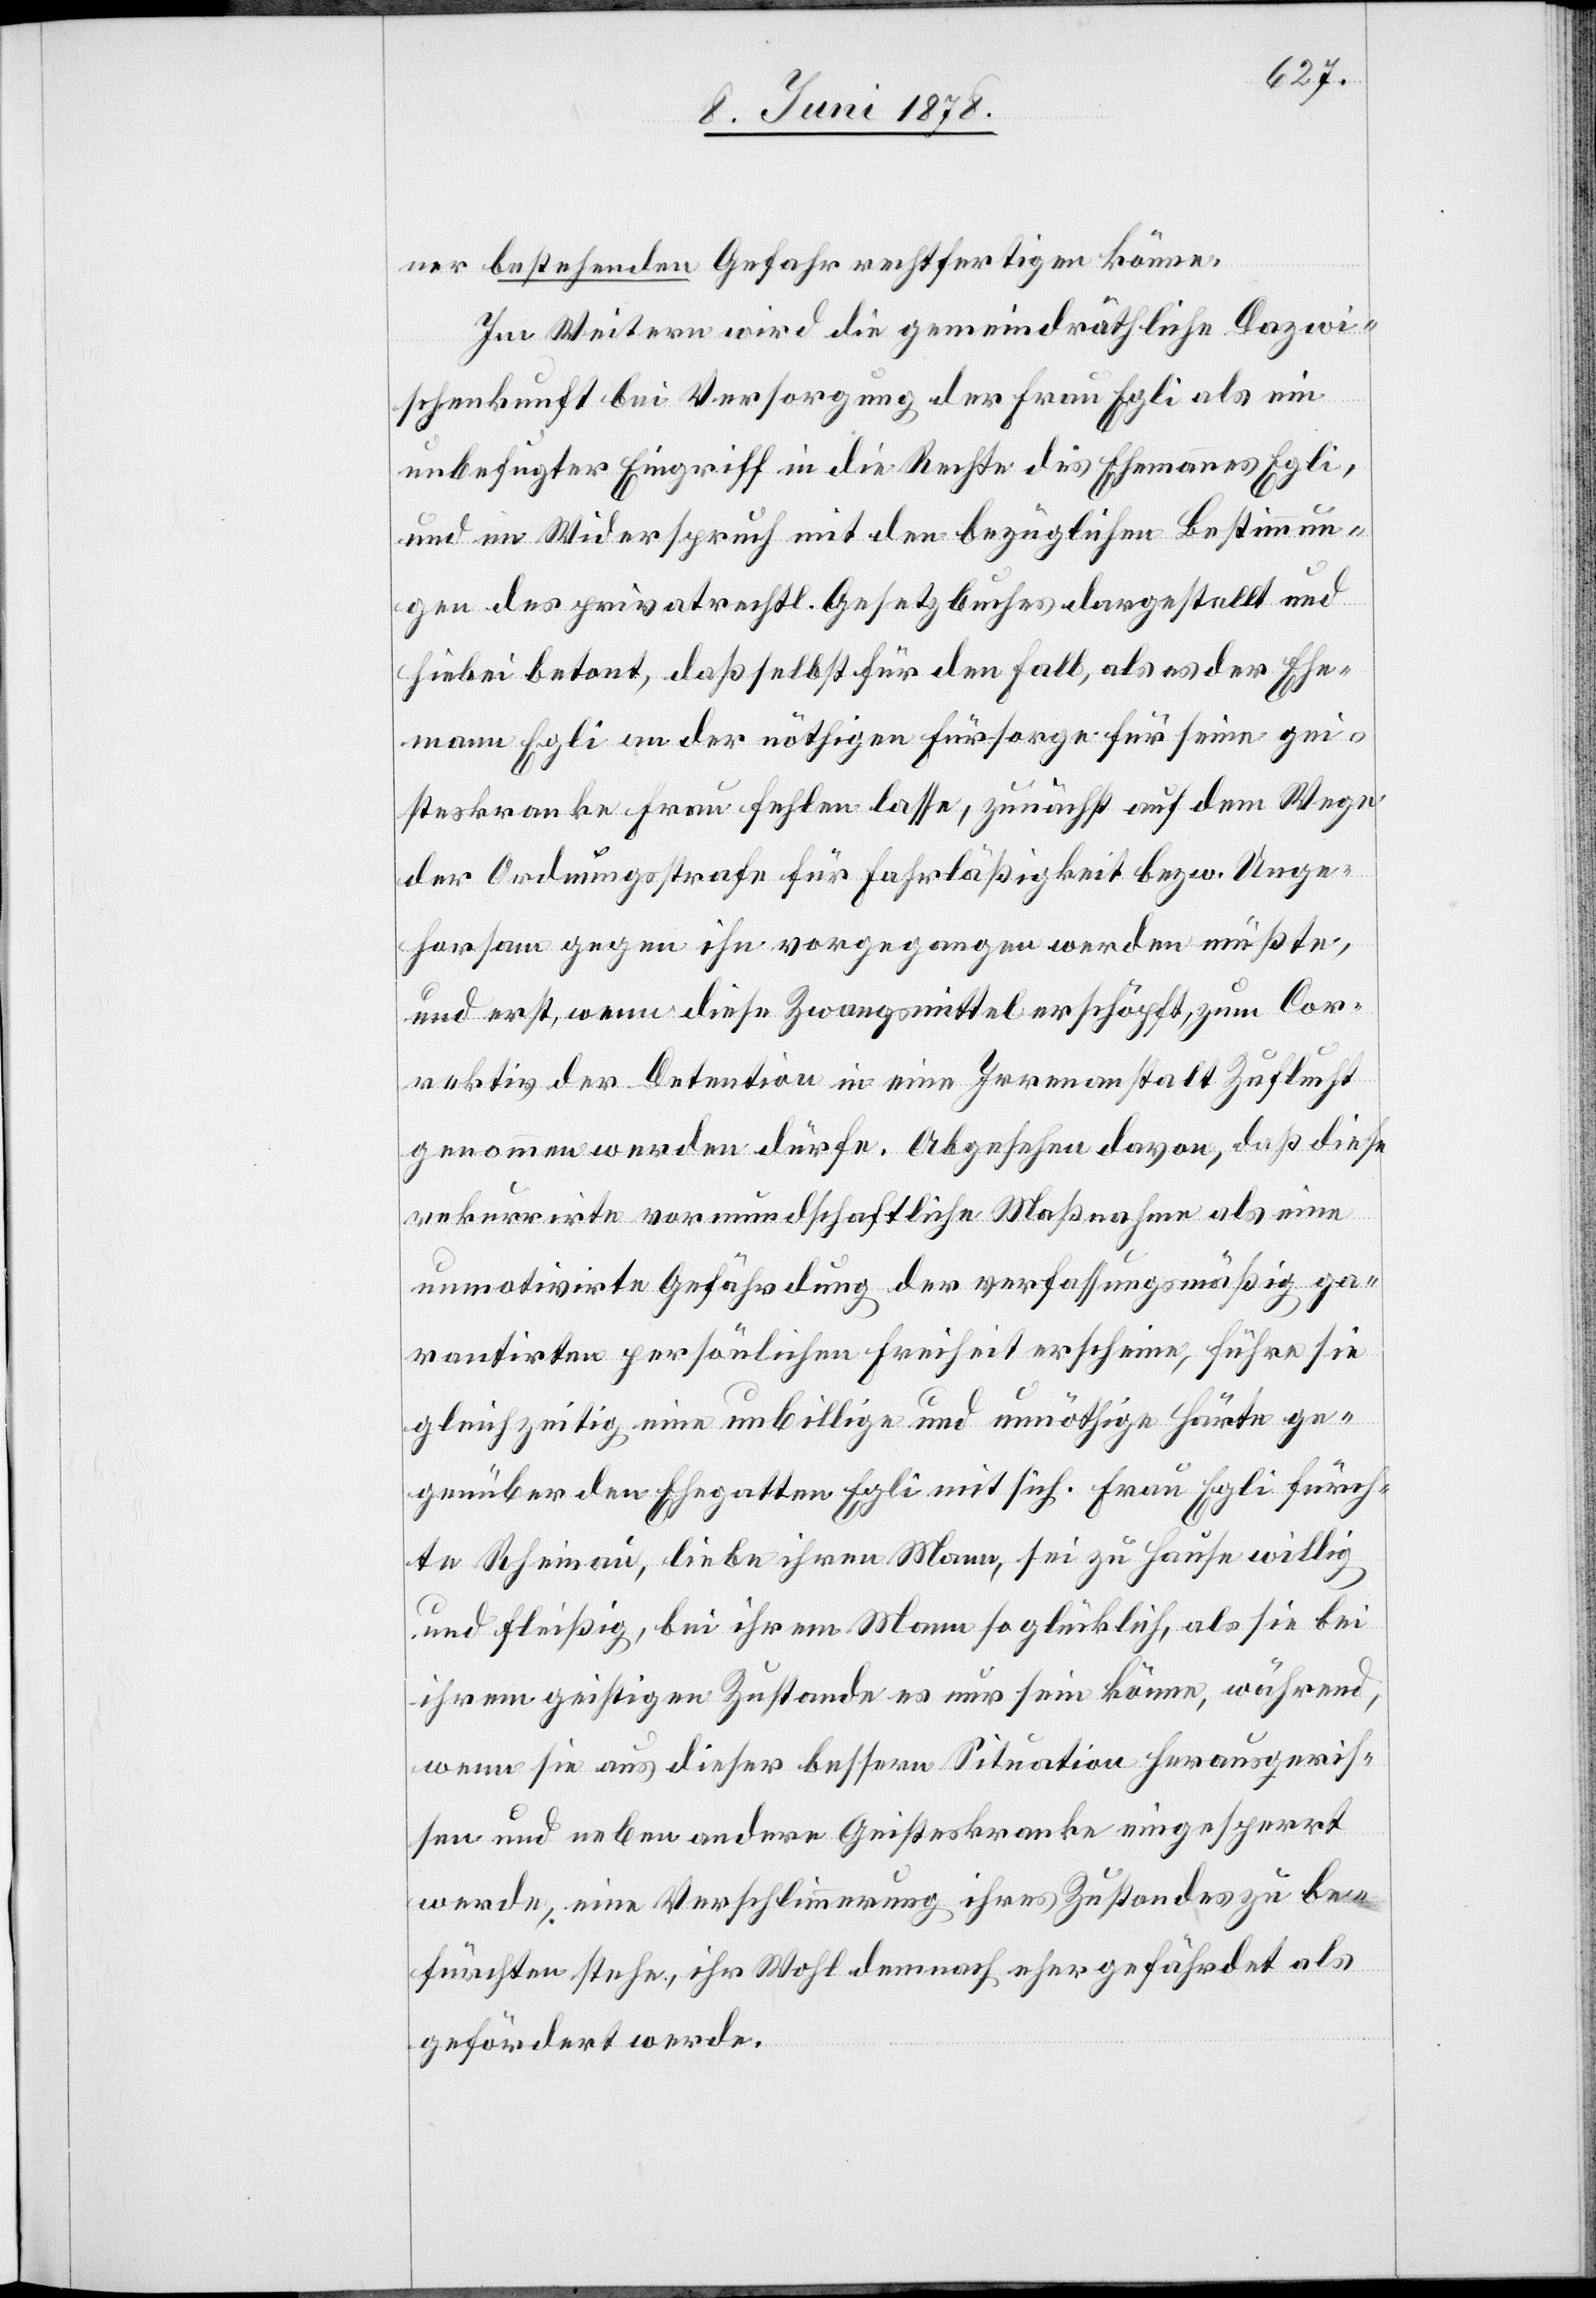
ner bestehenden Gefahr rechtfertigen könne.
Im Weitern wird die gemeindräthliche Dazwi¬
schenkunft bei Versorgung der Frau Egli als ein
unbefugter Eingriff in die Rechte des Ehemannes Egli,
und im Widerspruch mit den bezüglichen Bestimmun¬
gen des privatrechtl. Gesetzbuches dargestellt und
hiebei betont, daß selbst für den Fall, als es der Ehe¬
mann Egli an der nöthigen Fürsorge für seine gei¬
steskranke Frau fehlen lasse, zunächst auf dem Wege
der Ordnungsstrafe für Fahrlässigkeit bezw. Unge¬
horsam gegen ihn vorgegangen werden müßte,
und erst, wenn diese Zwangsmittel erschöpft, zum Cor¬
rektiv der Detention in eine Irrenanstalt Zuflucht
genommen werden dürfe. Abgesehen davon, daß diese
rekurrirte vormundschaftliche Maßnahme als eine
unmotivirte Gefährdung der verfassungsmäßig ga¬
rantirten persönlichen Freiheit erscheine, führe sie
gleichzeitig eine unbillige und unnöthige Härte ge¬
genüber den Ehegatten Egli mit sich. Frau Egli fürch¬
te Rheinau, liebe ihren Mann, sei zu Hause willig
und fleißig, bei ihrem Mann so glücklich, als sie bei
ihrem geistigen Zustande es nur sein könne, während,
wenn sie aus dieser bessern Situation herausgeris¬
sen und neben andere Geisteskranke eingesperrt
werde, eine Verschlimmerung ihres Zustandes zu be¬
fürchten stehe, ihr Wohl demnach eher gefährdet als
gefördert werde.